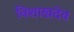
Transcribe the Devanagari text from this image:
विशाखदेव